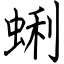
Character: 蜊